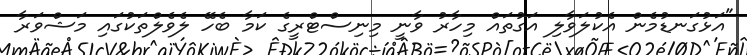
"އަޅުގަނޑުމެން އެކުލަވާލި އަގުތައް މިހާރު ވާނީ މިނިސްޓްރީގެ ކަމާ ބެހޭ ލެވެލްތަކުގައި މަޝްވަރާ